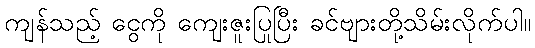
ကျန်သည့် ငွေကို ကျေးဇူးပြုပြီး ခင်ဗျားတို့သိမ်းလိုက်ပါ။